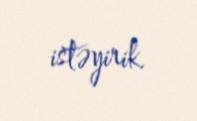
istəyirik.